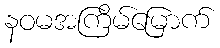
နဝမအကြိမ်မြောက်